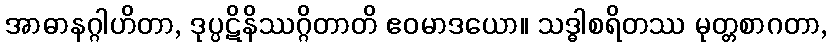
အာဓာနဂ္ဂါဟိတာ, ဒုပ္ပဋိနိဿဂ္ဂိတာတိ ဧဝမာဒယော။ သဒ္ဓါစရိတဿ မုတ္တစာဂတာ,